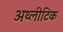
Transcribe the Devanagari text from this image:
अथ्लीटिक